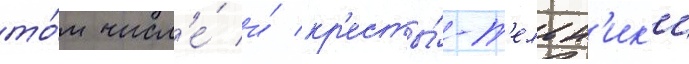
то́м числ'е́ и́ кр'есты́-т'ельн'ик'и